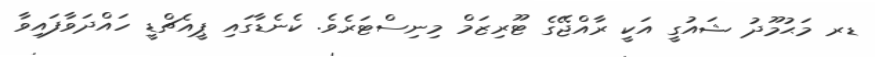
ޑރ މަޙުމޫދު ޝައުގީ އަކީ ރާއްޖޭގެ ޓޫރިޒަމް މިނިސްޓަރެވެ. ކެނެޑާގައި ޕީއެޗްޑީ ހައްދަވާފައިވާ